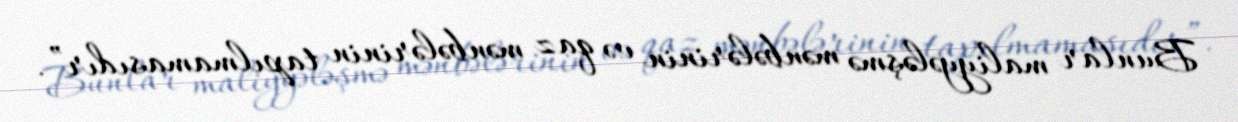
Bunlar maliyyələşmə mənbələrinin və qaz mənbələrinin tapılmamasıdır”.